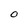
Character: 0